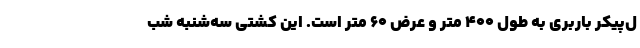
ل‌پیکر باربری به طول ۴۰۰ متر و عرض ۶۰ متر است. این کشتی سه‌شنبه شب